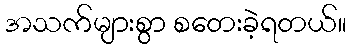
အသက်များစွာ စတေးခဲ့ရတယ်။